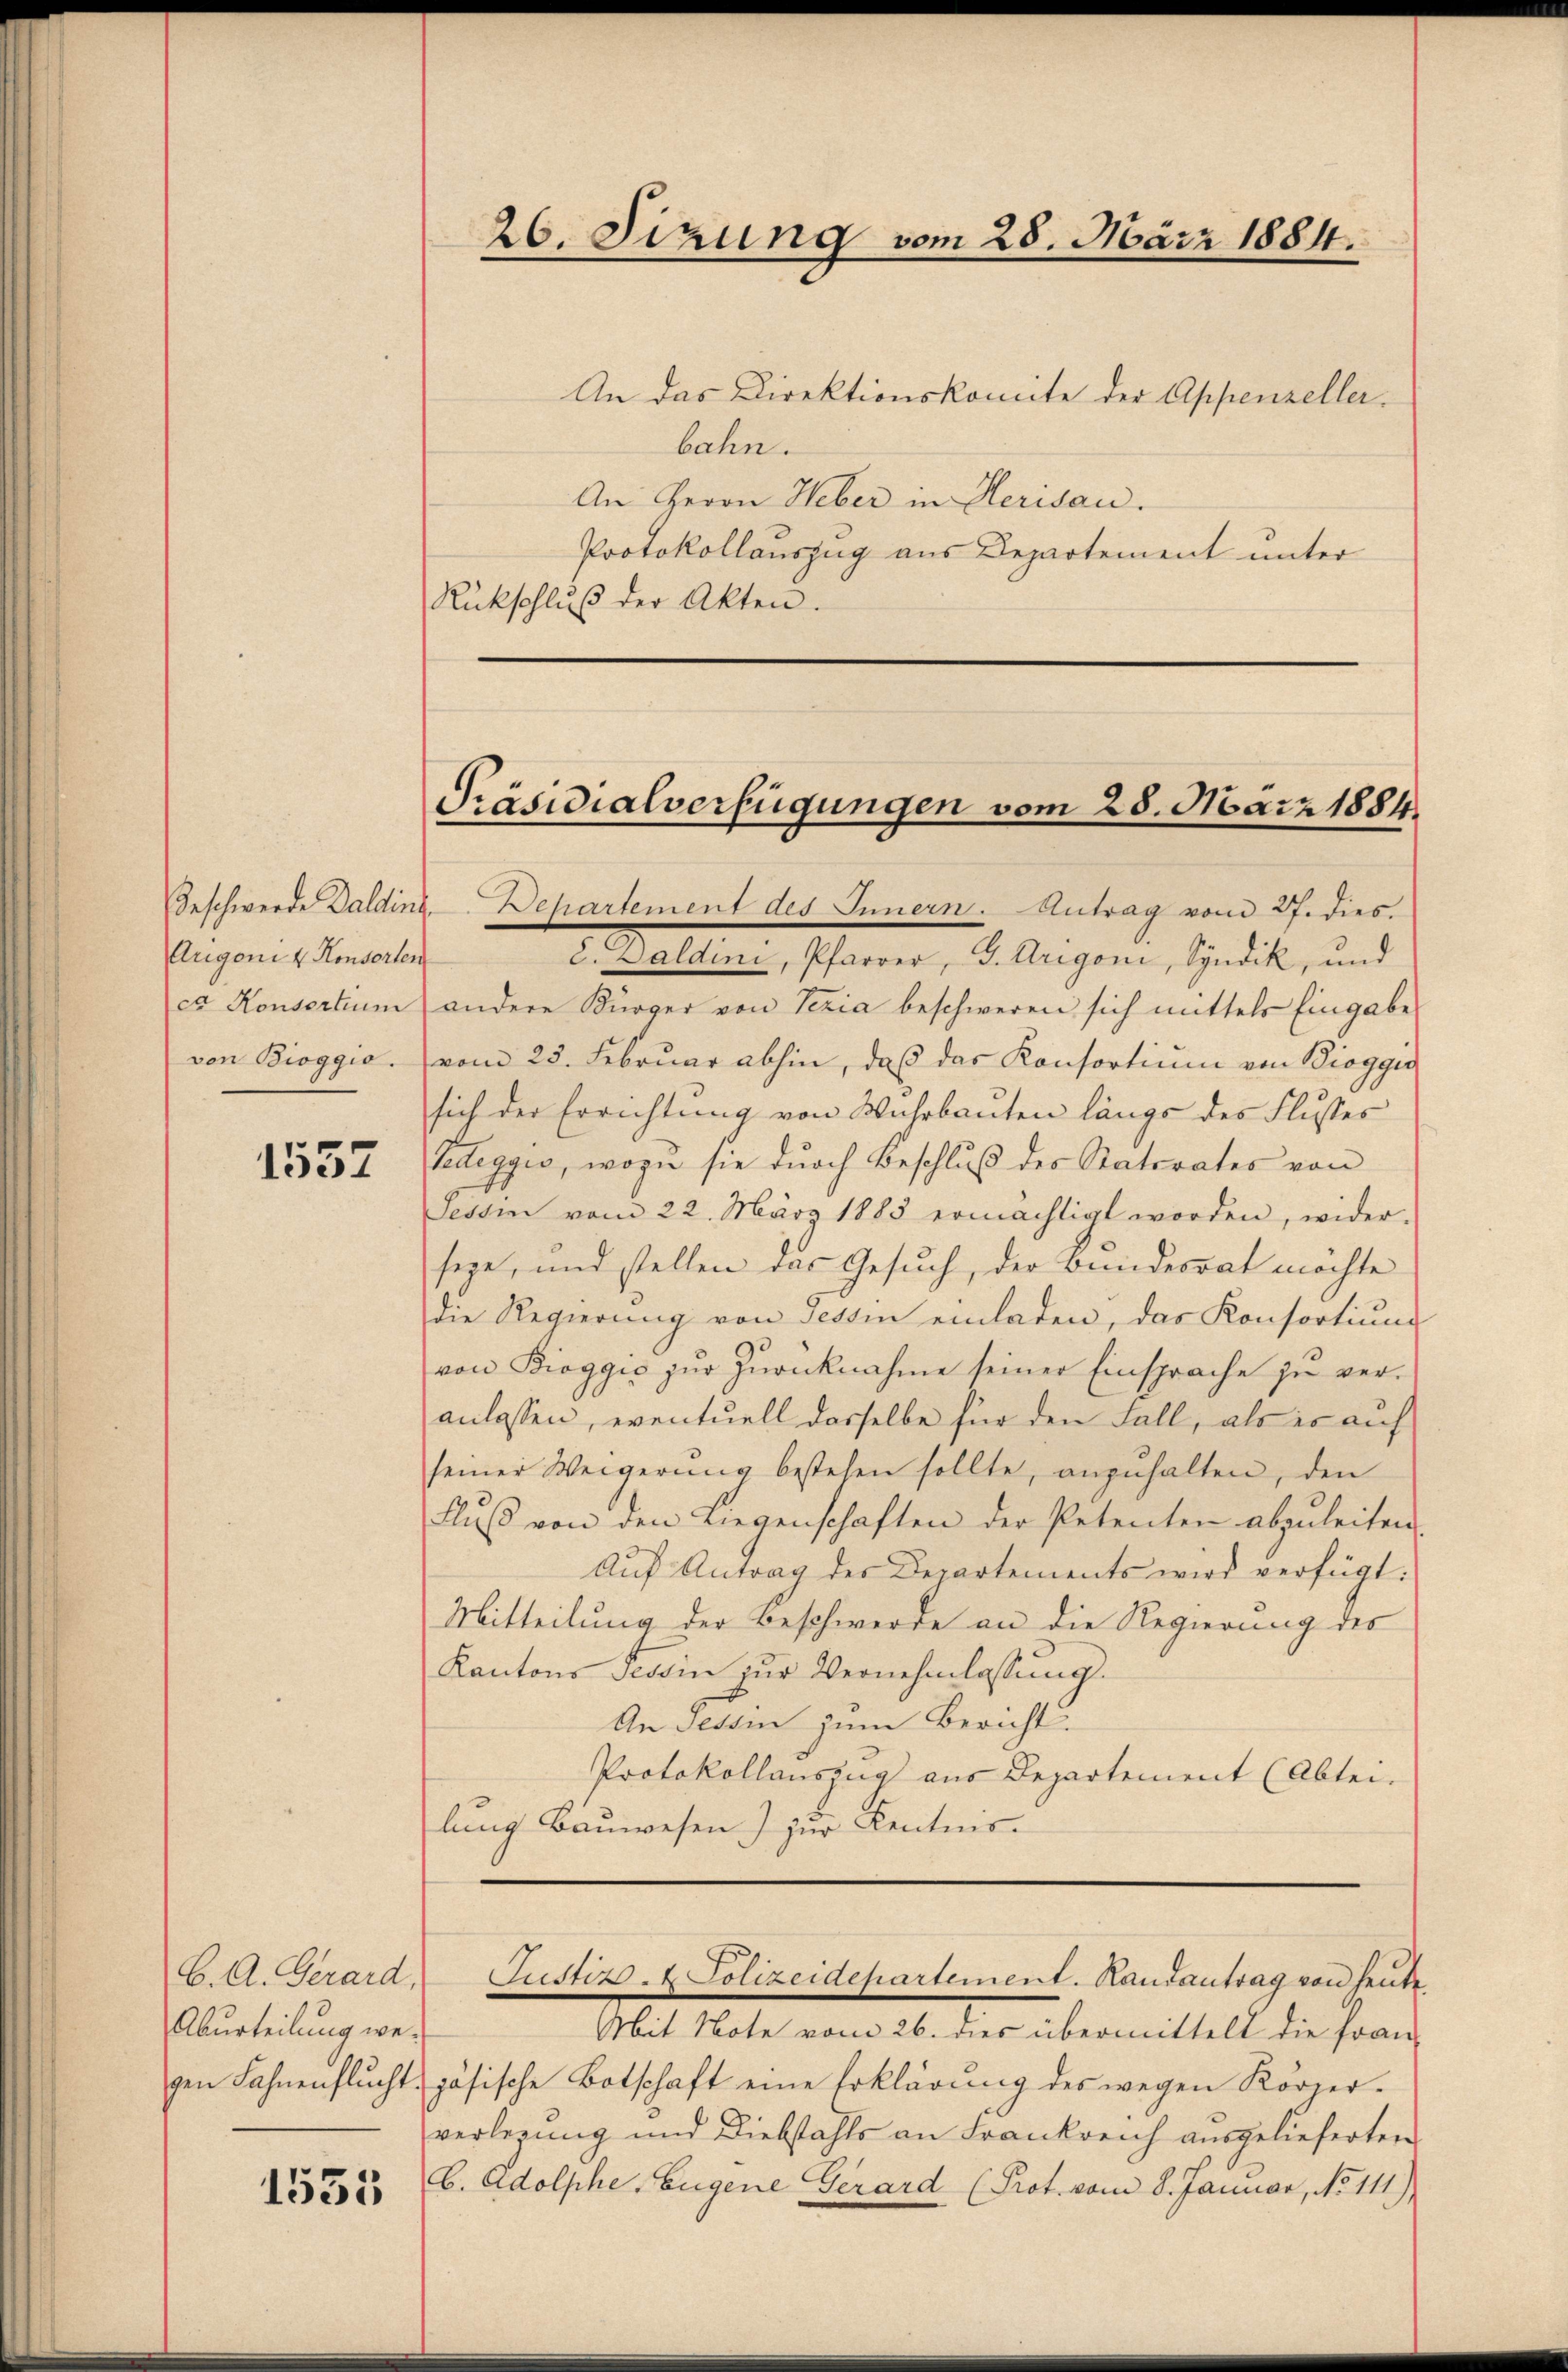
Augoni & Konsorten
von Bioggio.

1557

An das Direktionskomite der Appenzeller.
bahn.
An Herrn Heber in Herisau.
Protokollauszug aus Departement unter
Rückschlŭβ der Akten.

C. A. Gerard,
Aburteilung we¬

1535

26. Sitzung vom 28. März 1884.

Präsidialverfügungen vom 28. März 1884.

Geschwerde Daldine Departement des Innern. Antrag vom 27. dies.
c. Galdini, Pfarrer, G. Urigoni, Syndik, und
cx Konsertium andere Bürger von Seria beschweren sich mittels Eingabe
vom 23. Februar abhin, daß das Konsortium von Bioggu
sich der Errichtung von Wuhrbauten längs des Flusses
Tedeggio, wozu sie dŭrch Beschlŭβ des Statirates von
Tessin vom 22. März 1883 ermächtigt worden, wider-
seye, und stellen das Gesuch, der Bundesrat möchte
die Regierung von Tessin einladen, das Konsortium
von Boggio zur Zurücknahme seiner Einsprache zu veranlassen, eventuell dasselbe für den Fall, als es auf
seiner Weigerŭng bestehen sollte, anzŭhalten, den
Flŭβ von den Liegenschaften der Petenten abzuleiten.
Aŭf Antrag des Departements wird verfügt:
Mitteilung der Beschwerde an die Regierung des
Kantons Tessin zŭr Vernehmlassung.
An Tessin zum Bericht.
Protokollauszug aus Departement (Abtei-
lung Bauwesen) zur Kentnis.

Mit Note vom 26. dies übermittelt die fran-
gen Fahnenflŭcht zösische Botschaft eine Erklärung des wegen Körper-
verlegung und Diebstahls an Frankreich ausgelieferten
A. Adolphe, Eugene Gerard (Prot. vom 8. Januar, No 111)

Justiz- & Polizeidepartement. Handantrag von heute.